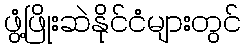
ဖွံ့ဖြိုးဆဲနိုင်ငံများတွင်